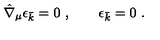
\hat { \nabla } _ { \mu } \epsilon _ { \bar { k } } = 0 \ , \qquad \epsilon _ { \bar { k } } = 0 \ .